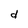
Character: d